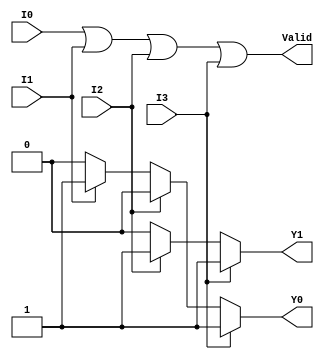
module priority_encoder_4to2 (
    input wire I0,  // Input 0
    input wire I1,  // Input 1
    input wire I2,  // Input 2
    input wire I3,  // Input 3
    output reg Y1,  // Most significant bit of the output
    output reg Y0,  // Least significant bit of the output
    output reg Valid // Indicates if any input is active
);

always @(*) begin
    // Default values
    Y1 = 0;
    Y0 = 0;
    Valid = 0;

    // Determine Valid output
    Valid = I0 | I1 | I2 | I3;

    // Determine Y1 and Y0 based on priority
    if (I3) begin
        Y1 = 1; 
        Y0 = 1; 
    end else if (I2) begin
        Y1 = 1; 
        Y0 = 0; 
    end else if (I1) begin
        Y1 = 0; 
        Y0 = 1; 
    end else if (I0) begin
        Y1 = 0; 
        Y0 = 0; 
    end
end

endmodule